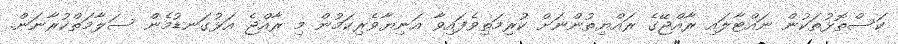
ކަސްތޮޅުތަކުން ނައްޓާލައި ރާއްޖޭގެ ރައްޔިތުންނަށް ކުރިމަތިވެފައިވާ އަނިޔާވެރިކަމުން މި ރާއްޖެ އަޅުގަނޑުމެން ސަލާމަތްކުރާނަން.